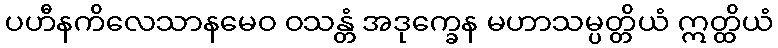
ပဟီနကိလေသာနမေဝ ဝသန္တံ အဒုက္ခေန မဟာသမ္ပတ္တိယံ ဣတ္ထိယံ